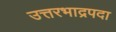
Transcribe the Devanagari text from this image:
उत्तरभाद्रपदा